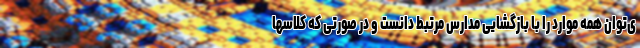
ی‌توان همه موارد را با بازگشایی مدارس مرتبط دانست و در صورتی که کلاسها